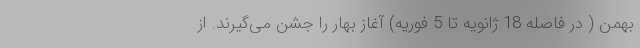
بهمن ( در فاصله 18 ژانویه تا 5 فوریه) آغاز بهار را جشن می‌گیرند. از